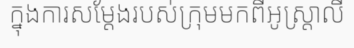
ក្នុងការសម្តែងរបស់ក្រុមមកពីអូស្ត្រាលី